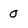
Character: 0